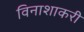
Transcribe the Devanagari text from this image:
विनाशाकरी